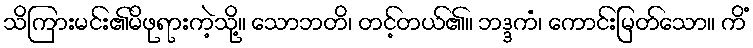
သိကြားမင်း၏မိဖုရားကဲ့သို့။ သောဘတိ၊ တင့်တယ်၏။ ဘဒ္ဒကံ၊ ကောင်းမြတ်သော။ ကိံ